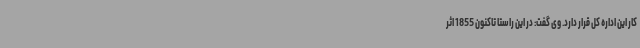
کار این اداره کل قرار دارد. وی گفت: در این راستا تاکنون 1855 اثر